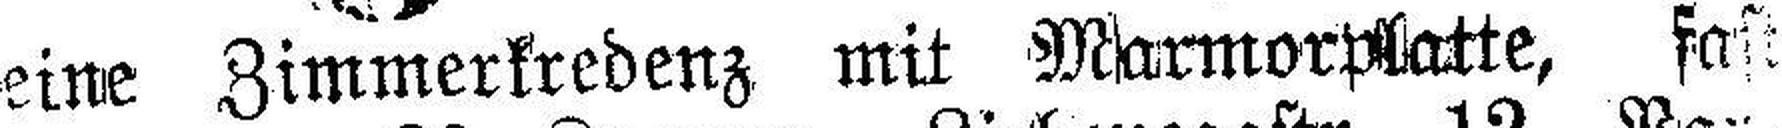
eine Zimmerkredenz mit Marmorplatte, fast